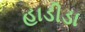
હાડીડા